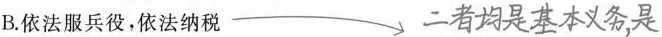
B.依法服兵役，依法纳税 ##$$二者均是基本义务，是$$##